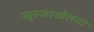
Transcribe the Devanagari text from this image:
सूरजाखेलनो